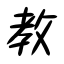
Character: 教